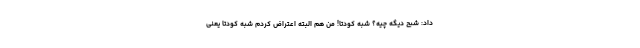
داد: شبح دیگه چیه؟ شِبه کودتا! من هم البته اعتراض کردم شبه کودتا یعنی